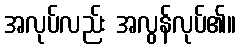
အလုပ်လည်း အလွန်လုပ်၏။